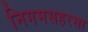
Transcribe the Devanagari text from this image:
निगमसहरसा